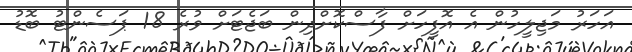
އަހަރު މަޖިލީހުން އެ އޮފީހަށް ފާސްކޮށްދިން ބަޖެޓަށް ވުރެ 18 ޕަސެންޓު ބޮޑު